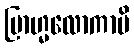
ဗြာဟ္မလောကာပိ